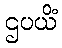
ဌပယိံ